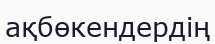
ақбөкендердің